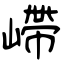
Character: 嵽